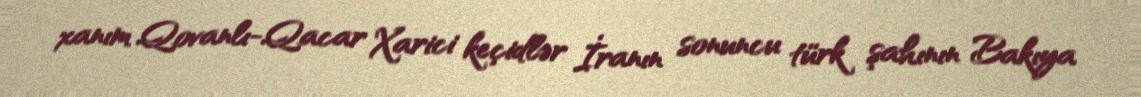
xanım Qovanlı-Qacar Xarici keçidlər İranın sonuncu türk şahının Bakıya